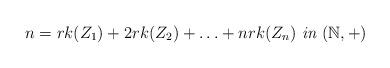
LaTeX: \begin{align*}n=rk(Z_{1})+2rk(Z_{2})+\ldots+nrk(Z_{n}) \textit{ in } (\mathbb{N}, +)\end{align*}